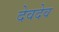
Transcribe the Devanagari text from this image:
देवदेव